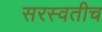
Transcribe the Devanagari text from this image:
सरस्वतीच